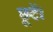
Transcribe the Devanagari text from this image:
छूटें।